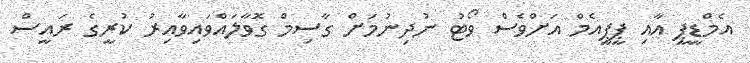
އެމްޑީޕީ އާއި ޕީޕީއެމް އަށްވެސް ވޯޓު ނުދިނުމަށް ގާސިމް ގޮވާލައްވައިވާއިރު ކުރީގެ ރައީސް